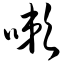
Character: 嗽